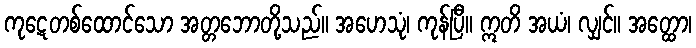
ကုဋေတစ်ထောင်သော အတ္တဘောတို့သည်။ အဟေသုံ၊ ကုန်ပြီ။ ဣတိ အယံ၊ လျှင်။ အတ္ထော၊